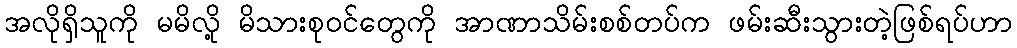
အလိုရှိသူကို မမိလို့ မိသားစုဝင်တွေကို အာဏာသိမ်းစစ်တပ်က ဖမ်းဆီးသွားတဲ့ဖြစ်ရပ်ဟာ